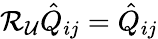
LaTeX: \mathcal{R}_{\mathcal{U}}\hat{Q}_{ij}=\hat{Q}_{ij}